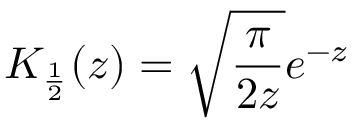
K _ { \frac { 1 } { 2 } } ( z ) = \sqrt { \frac { \pi } { 2 z } } e ^ { - z }